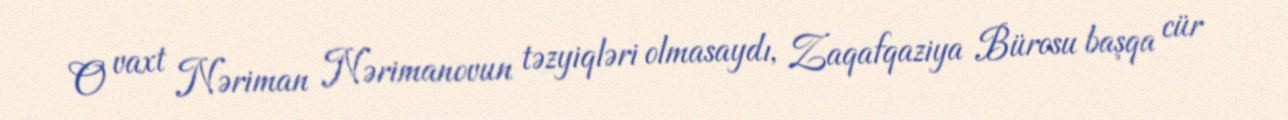
O vaxt Nəriman Nərimanovun təzyiqləri olmasaydı, Zaqafqaziya Bürosu başqa cür